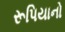
રૂપિયાનો